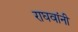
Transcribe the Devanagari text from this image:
राघवांनी